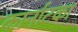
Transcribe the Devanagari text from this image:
कार्नाटका